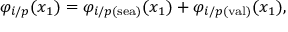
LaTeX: \varphi _ { i / p } ( x _ { 1 } ) = \varphi _ { i / p ( \mathrm { s e a } ) } ( x _ { 1 } ) + \varphi _ { i / p ( \mathrm { v a l } ) } ( x _ { 1 } ) ,